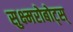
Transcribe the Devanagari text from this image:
सुक्ष्मरोबोट्स्